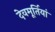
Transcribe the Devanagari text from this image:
देवमूर्तियां